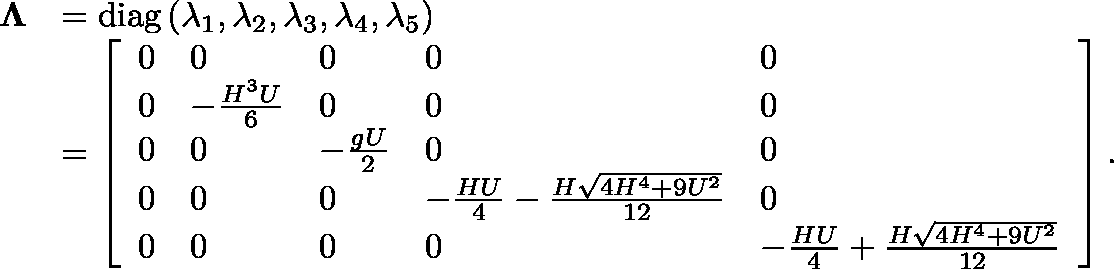
\begin{array} { r l } { \mathbf { \Lambda } } & { = \operatorname { d i a g } \left( \lambda _ { 1 } , \lambda _ { 2 } , \lambda _ { 3 } , \lambda _ { 4 } , \lambda _ { 5 } \right) } \\ & { = \left[ \begin{array} { l l l l l } { 0 } & { 0 } & { 0 } & { 0 } & { 0 } \\ { 0 } & { - \frac { H ^ { 3 } U } { 6 } } & { 0 } & { 0 } & { 0 } \\ { 0 } & { 0 } & { - \frac { g U } { 2 } } & { 0 } & { 0 } \\ { 0 } & { 0 } & { 0 } & { - \frac { H U } { 4 } - \frac { H \sqrt { 4 H ^ { 4 } + 9 U ^ { 2 } } } { 1 2 } } & { 0 } \\ { 0 } & { 0 } & { 0 } & { 0 } & { - \frac { H U } { 4 } + \frac { H \sqrt { 4 H ^ { 4 } + 9 U ^ { 2 } } } { 1 2 } } \end{array} \right] . } \end{array}